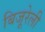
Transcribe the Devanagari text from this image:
बिजूरेली